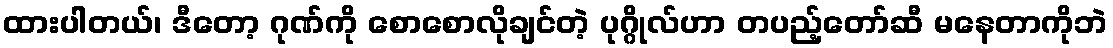
ထားပါတယ်၊ ဒီတော့ ဂုဏ်ကို စောစောလိုချင်တဲ့ ပုဂ္ဂိုလ်ဟာ တပည့်တော်ဆီ မနေတာကိုဘဲ